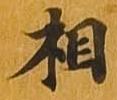
相